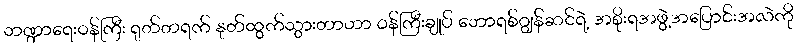
ဘဏ္ဍာရေးဝန်ကြီး ရုတ်တရက် နုတ်ထွက်သွားတာဟာ ဝန်ကြီးချုပ် ဘောရစ်ဂျွန်ဆင်ရဲ့ အစိုးရအဖွဲ့အပြောင်းအလဲကို